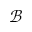
\mathcal { B }